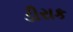
ડીરાક